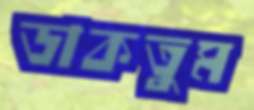
ডাকতুম